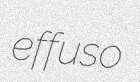
effuso